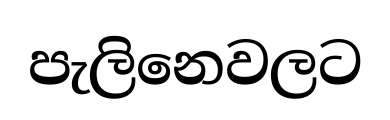
පැලිනෙවලට